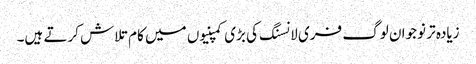
زیادہ تر نوجوان لوگ فری لانسنگ کی بڑی کمپنیوں میں کام تلاش کرتے ہیں۔